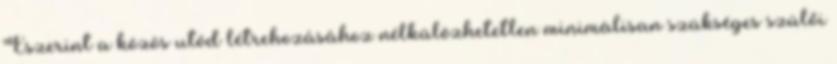
Eszerint a közös utód létrehozásához nélkülözhetetlen minimálisan szükséges szülői